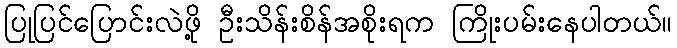
ပြုပြင်ပြောင်းလဲဖို့ ဦးသိန်းစိန်အစိုးရက ကြိုးပမ်းနေပါတယ်။